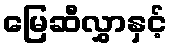
မြေဆီလွှာနှင့်